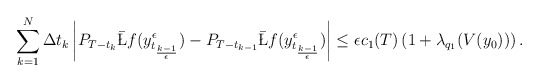
\begin{align*}\sum_{k=1}^N \Delta t_k \left| P_{T-t_{k}} \bar \L f (y_{t_{k-1\over \epsilon}}^\epsilon)-P_{T-t_{k-1}} \bar \L f(y_{t_{k-1\over \epsilon}}^\epsilon)\right|\le \epsilon c_1(T)\left( 1+\lambda_{q_1}(V(y_0))\right).\end{align*}